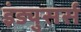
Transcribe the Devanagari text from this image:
इंड्युसर्स